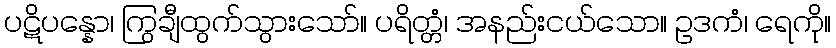
ပဋိပန္နော၊ ကြွချီထွက်သွားသော်။ ပရိတ္တံ၊ အနည်းငယ်သော။ ဥဒကံ၊ ရေကို။